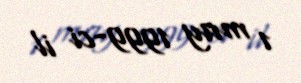
1 may 1999-ci il